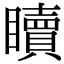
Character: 𥌚